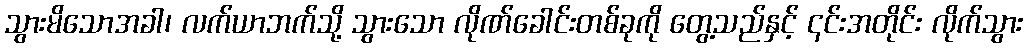
သွားမိသောအခါ၊ လက်ယာဘက်သို့ သွားသော လိုဏ်ခေါင်းတစ်ခုကို တွေ့သည်နှင့် ၎င်းအတိုင်း လိုက်သွား